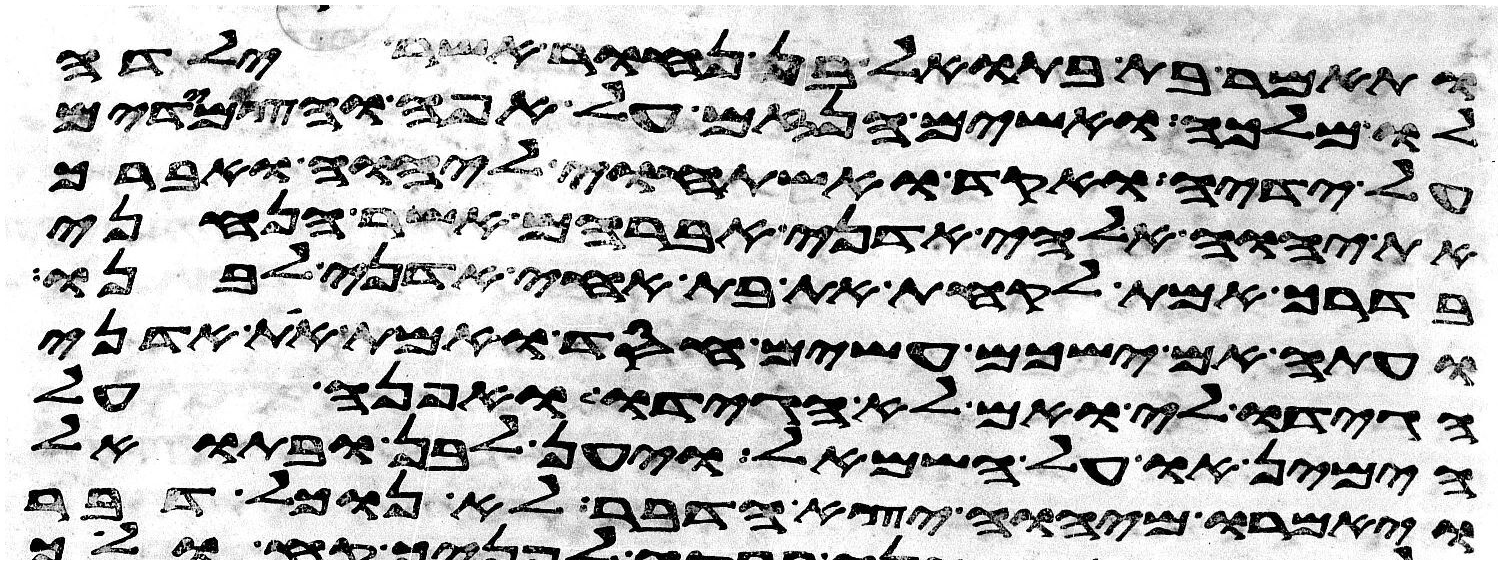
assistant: ותאמר בת בתואל בן נחור אשר ילדה
לו מלכה ואשים הנזם על אפה והצמידים
על ידיה ואקד ואשתחוי ליהוה ואברך
את יהוה אלהי אדני אברהם אשר הנחני
בדרך אמת לקחת את בת אחי אדני לבנו
ועתה אם ישכם עשים חסד ואמת את אדני
הגידו לי ואם לא הגידו לי ואפנה על
הימין או על השמאל ויען לבן ובתואל
ויאמרו מיהוה יצא הדבר לא נוכל דבר